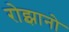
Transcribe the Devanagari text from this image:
रोझानो